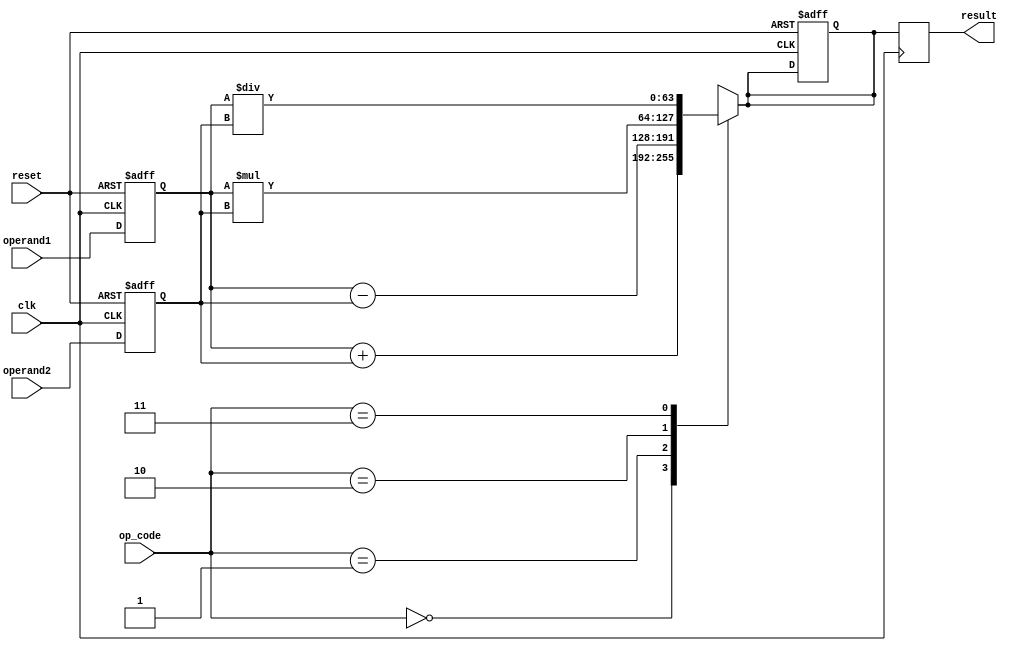
module extended_precision_fpu (
    input wire clk,             // Clock signal
    input wire reset,           // Reset signal
    input wire [63:0] operand1, // First operand
    input wire [63:0] operand2, // Second operand
    input wire [1:0] op_code,   // Operation code (00: addition, 01: subtraction, 10: multiplication, 11: division)
    output reg [63:0] result    // Result of the arithmetic operation
);

// Declare registers for operands and result
reg [63:0] reg_operand1;
reg [63:0] reg_operand2;
reg [63:0] reg_result;

// Initialize registers with input operands
always @(posedge clk or posedge reset) begin
    if (reset) begin
        reg_operand1 <= 64'b0;
        reg_operand2 <= 64'b0;
        reg_result <= 64'b0;
    end else begin
        reg_operand1 <= operand1;
        reg_operand2 <= operand2;
    end
end

// Perform arithmetic operation based on op_code
always @(*) begin
    case (op_code)
        2'b00: reg_result = reg_operand1 + reg_operand2; // Addition
        2'b01: reg_result = reg_operand1 - reg_operand2; // Subtraction
        2'b10: reg_result = reg_operand1 * reg_operand2; // Multiplication
        2'b11: reg_result = reg_operand1 / reg_operand2; // Division
        default: reg_result = 64'b0;
    endcase
end

// Output the result
always @(posedge clk) begin
    result <= reg_result;
end

endmodule